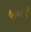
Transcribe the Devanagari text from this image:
५७८१